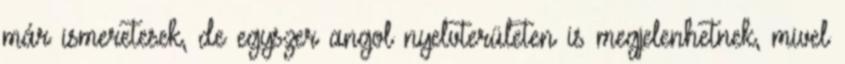
már ismeretesek, de egyszer angol nyelvterületen is megjelenhetnek, mivel